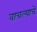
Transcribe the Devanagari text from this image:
वाचल्याचे